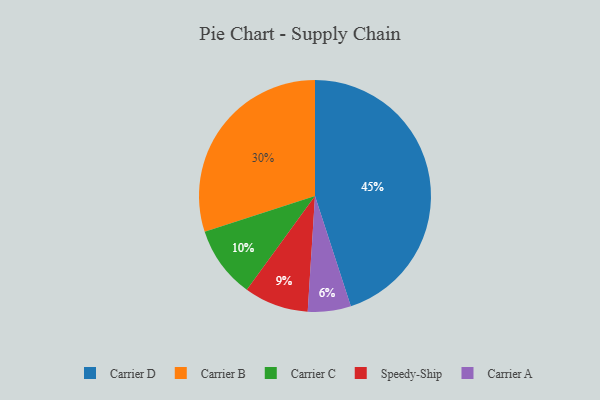
{"axis": {"x": "Category", "y": "Percentage"}, "legend": ["Carrier A", "Carrier B", "Carrier C", "Carrier D", "Speedy-Ship"], "data": [{"x": "Speedy-Ship", "y": 9, "type": "Speedy-Ship"}, {"x": "Carrier D", "y": 45, "type": "Carrier D"}, {"x": "Carrier B", "y": 30, "type": "Carrier B"}, {"x": "Carrier A", "y": 6, "type": "Carrier A"}, {"x": "Carrier C", "y": 10, "type": "Carrier C"}]}